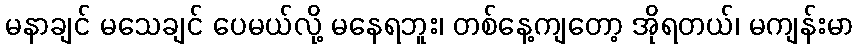
မနာချင် မသေချင် ပေမယ်လို့ မနေရဘူး၊ တစ်နေ့ကျတော့ အိုရတယ်၊ မကျန်းမာ